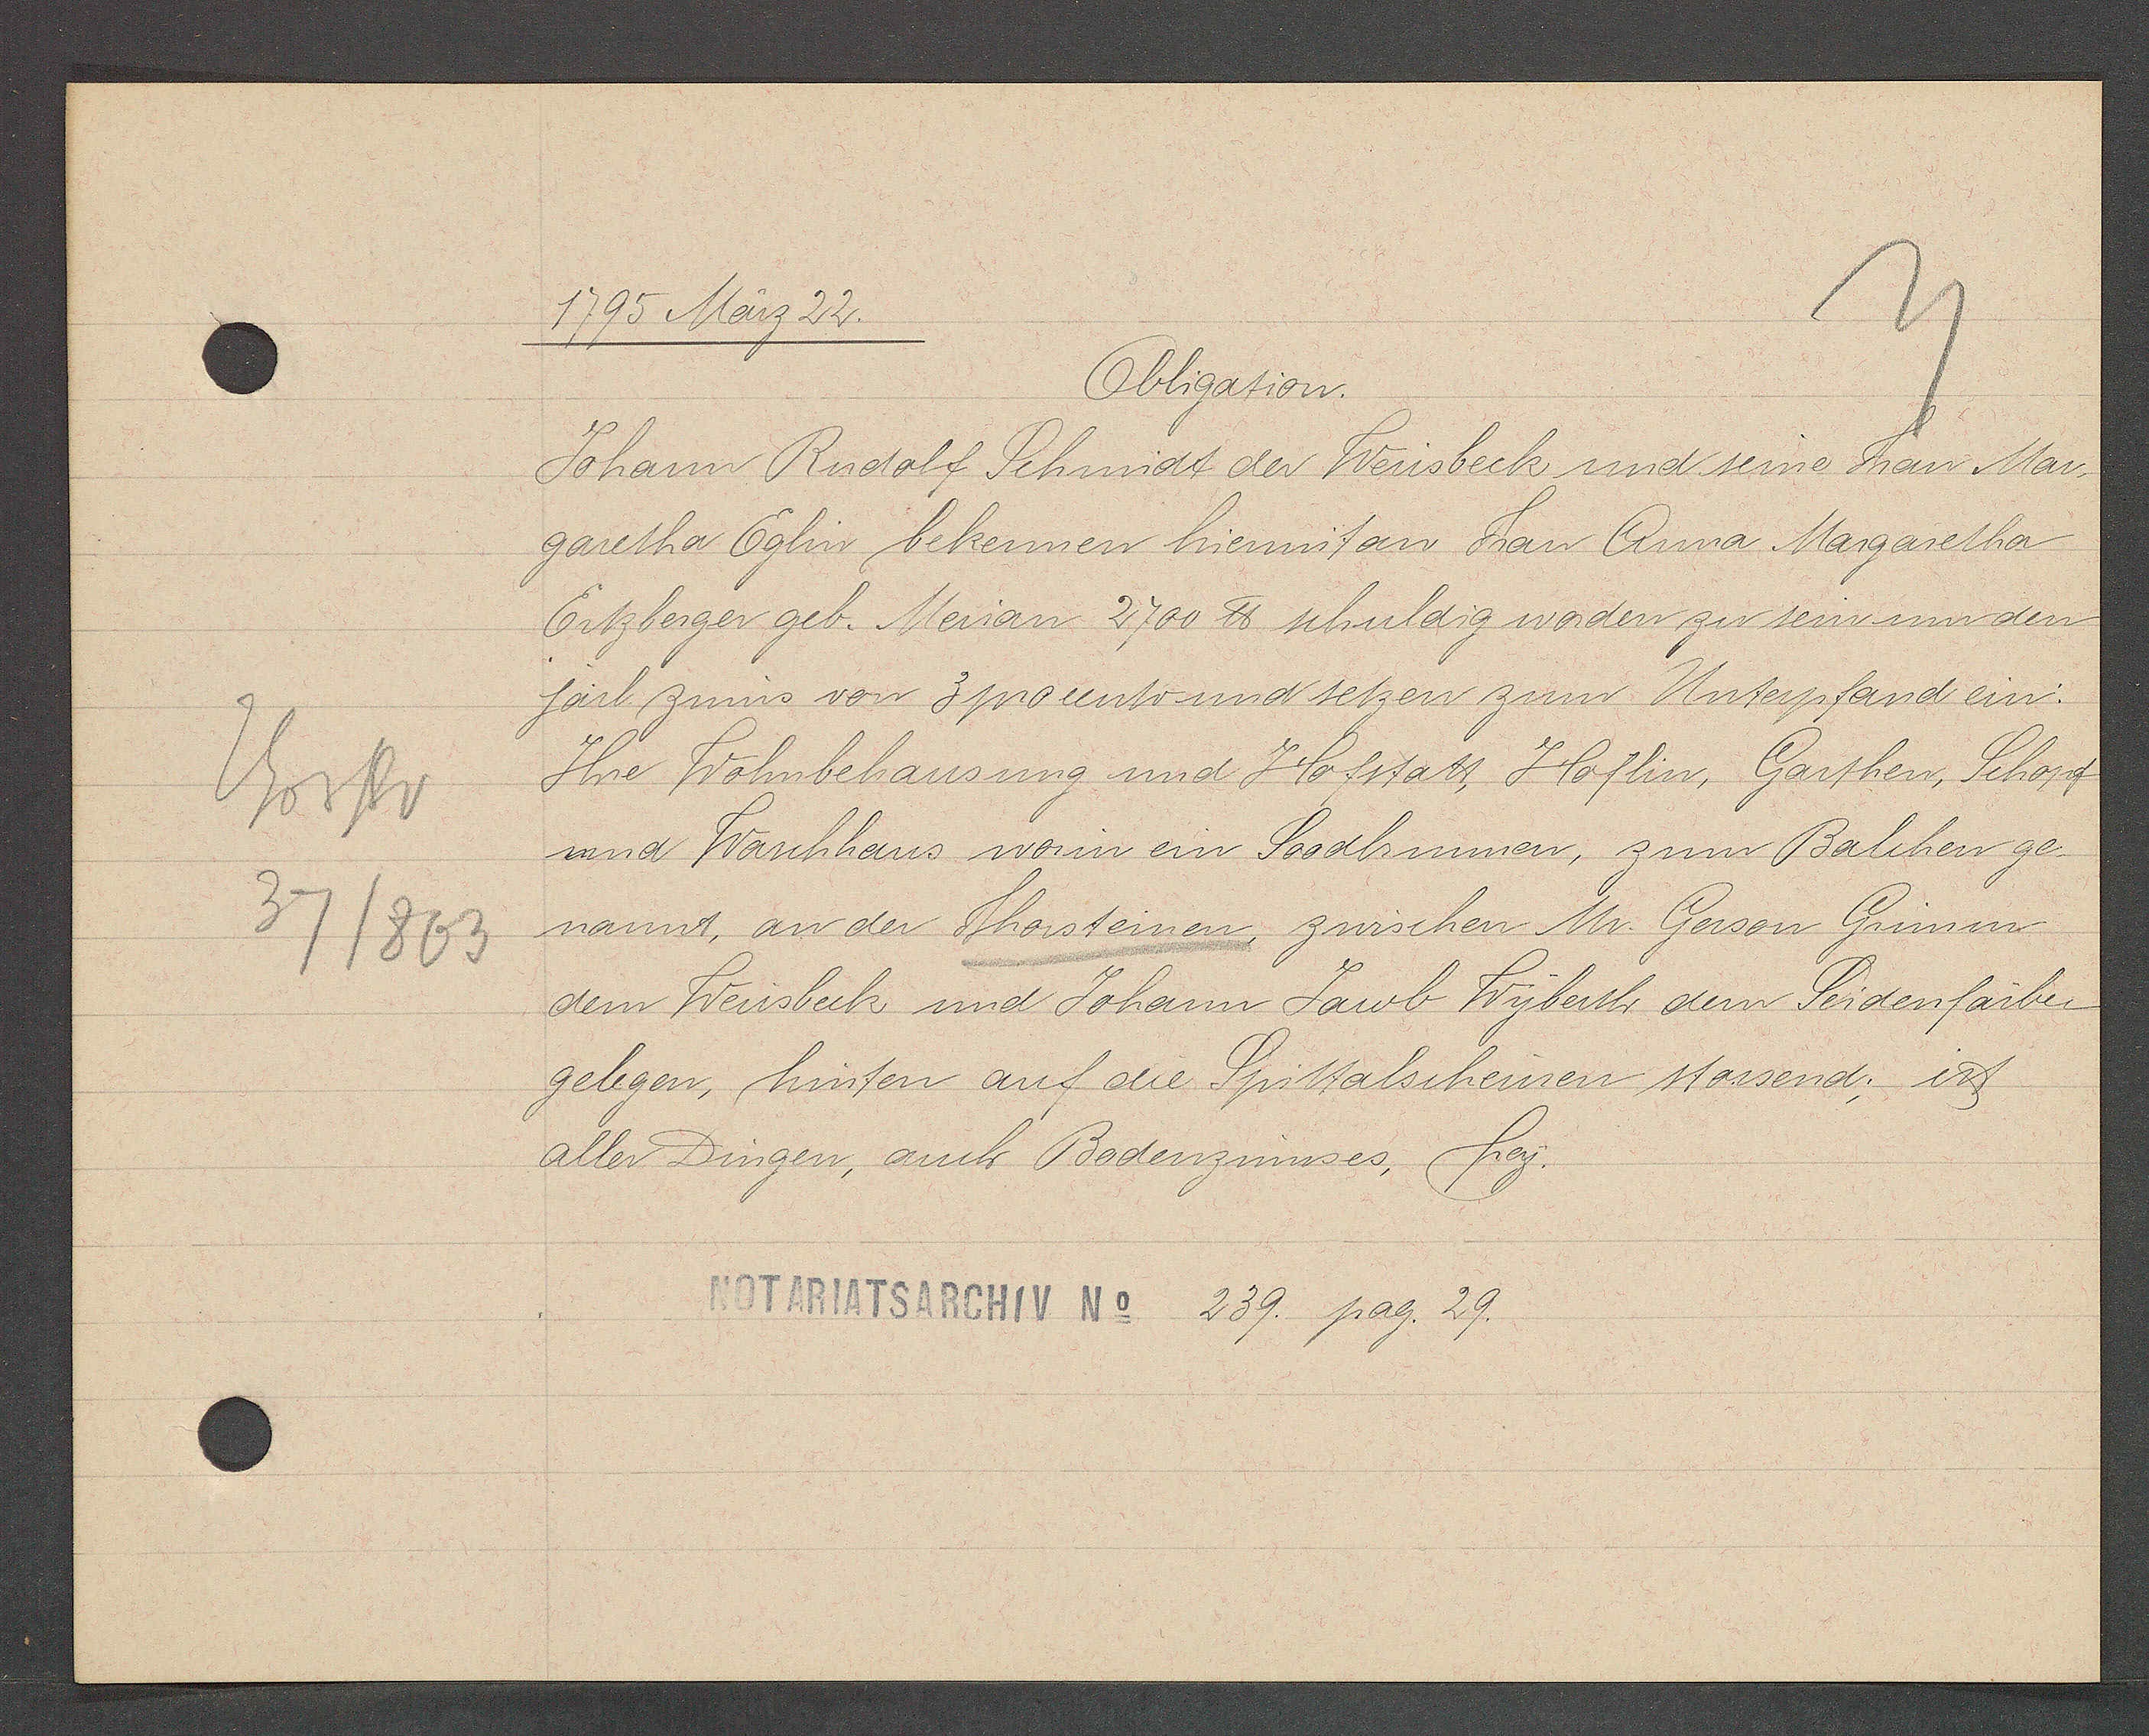
Transcript:
Thorstr
37/803

1795 März 22.

Obligation.
Johann Rudolf Schmidt der Weissbeck und seine Fau Mar¬
garetha Eglin bekennen hiermit an Frau Anna Margaretha
Ertzberger geb. Merian 2700 ℔ schuldig worden zu sein um den
järl. zinns von 3 procento und setzen zum Unterpfand ein:
Ihre Wohnbehausung und Hofstatt, Höflin, Garthen, Schopf
und Wonhhaus worin en Soodhnen, zum Balchen ge-
nannt, an der Thorsteinen, zwischen Mr. Gerson Grimm,
dem Weissbeck und Johann Jacob Wyberth dem Seidenfärber
gelegen, hinten auf die Spittalscheuren stossend; ist
aller Dingen, auch Bodenzinnses, frey.

NOTARIATSARCHIV No 239. pag. 29.